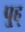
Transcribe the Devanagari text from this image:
पु्ह्